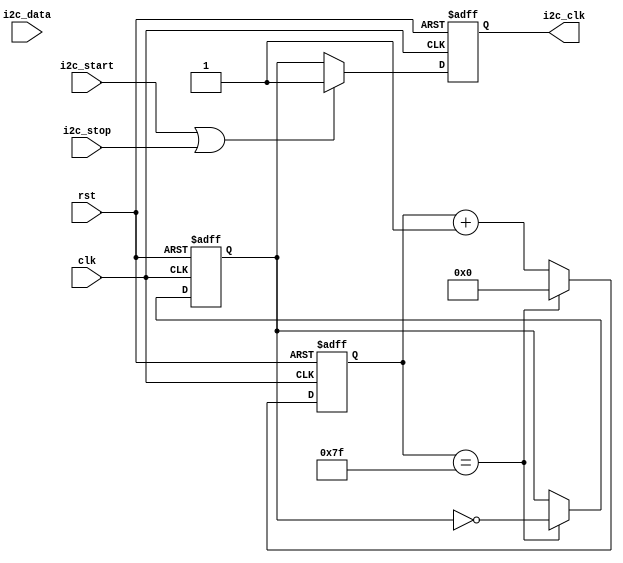
module i2c_timing_control (
    input wire clk,
    input wire rst,
    input wire i2c_start,
    input wire i2c_stop,
    input wire i2c_data,
    output reg i2c_clk
);

reg [7:0] count;
reg i2c_clk_div;

always @(posedge clk or posedge rst) begin
    if (rst) begin
        count <= 8'd0;
        i2c_clk_div <= 1'b0;
        i2c_clk <= 1'b0;
    end else begin
        if (count == 8'd127) begin
            count <= 8'd0;
            i2c_clk_div <= ~i2c_clk_div;
        end else begin
            count <= count + 1;
        end
        
        if (i2c_start || i2c_stop) begin
            i2c_clk <= 1'b1;
        end else begin
            i2c_clk <= i2c_clk_div;
        end
    end
end

endmodule